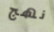
نهج